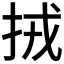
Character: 𢫨